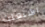
اشتعلت